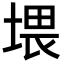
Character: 㙗